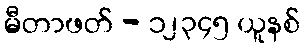
မီတာဖတ် - ၁၂၃၄၅ ယူနစ်